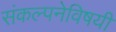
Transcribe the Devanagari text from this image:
संकल्पनेविषयी